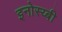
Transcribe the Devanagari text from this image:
इनोस्य्बी